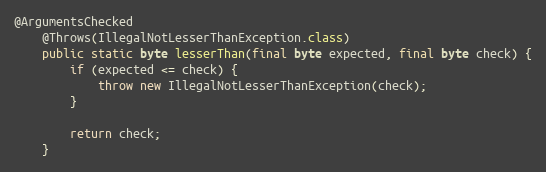
Language: Java
@ArgumentsChecked
	@Throws(IllegalNotLesserThanException.class)
	public static byte lesserThan(final byte expected, final byte check) {
		if (expected <= check) {
			throw new IllegalNotLesserThanException(check);
		}

		return check;
	}